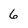
Character: 6